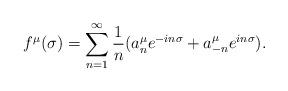
LaTeX: \begin{align*}f^{\mu}(\sigma)= \sum_{n=1}^{\infty} \frac{1}{n} (a^{\mu}_n e^{-in \sigma}+ a^{\mu}_{-n} e^{in \sigma}).\end{align*}